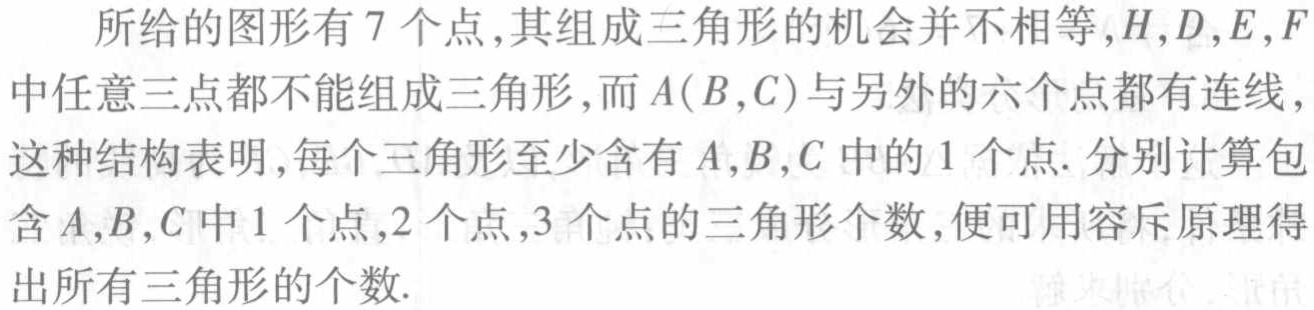
所给的图形有 7 个点,其组成三角形的机会并不相等,$H,D,E,F$中任意三点都不能组成三角形,而$A(B,C)$与另外的六个点都有连线,这种结构表明,每个三角形至少含有$A,B,C$中的 1 个点. 分别计算包含$A,B,C$中 1 个点,2 个点,3 个点的三角形个数,便可用容斥原理得出所有三角形的个数.